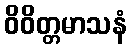
ဝိဝိတ္တမာသနံ